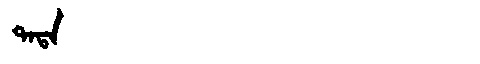
Manchu: ᡨᠠᡨᠠ
Romanization: TATA